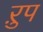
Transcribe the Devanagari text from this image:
ऱुप